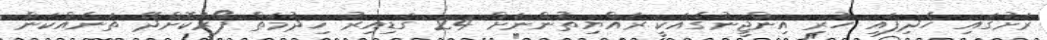
ރަށުގައި ހެދިފައި ހުރި އިންޖީނުގެއަކީ ރައްޔިތުންނަށް 24 ގަޑިއިރު ޚިދުމަތް ފޯރުކޮށްދޭ ތަނެއްކަން